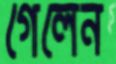
গেলেন